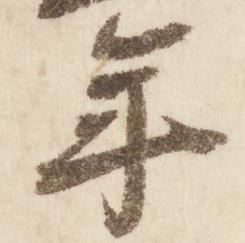
年